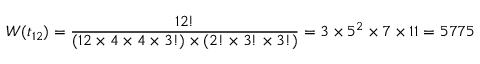
W ( t _ { 1 2 } ) = \frac { 1 2 ! } { ( 1 2 \times 4 \times 4 \times 3 ! ) \times ( 2 ! \times 3 ! \times 3 ! ) } = 3 \times 5 ^ { 2 } \times 7 \times 1 1 = 5 7 7 5